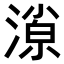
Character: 𣼓